Calcutta medical institutions reports 1879-81 [i.e.91]
Year: 1879
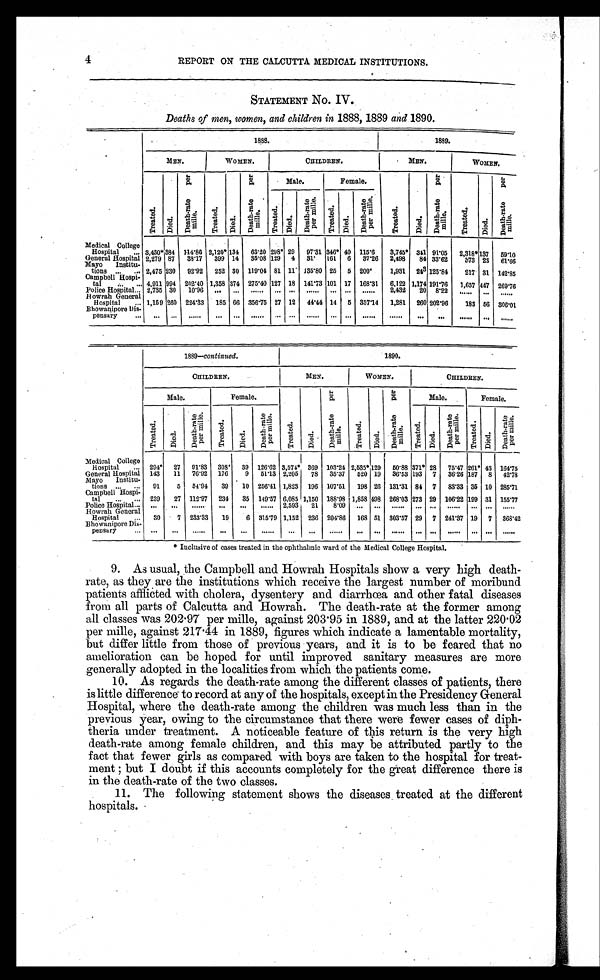
4
REPORT ON THE CALCUTTA MEDICAL INSTITUTIONS.
STATEMENT NO. IV.
Deaths of men, women, and children in 1888, 1889 and 1890.
1888.
1889.
MEN.
WOMEN.
CHILDREN.
MEN.
WOMEN.
T r e a t e d .
D i e d .
D e a t h - r a t e p e r
m i l l e .
T r e a t e d .
D i e d .
D e a t h - r a t e p e r
m i l l e .
Male.
Female.
T r e a t e d .
D i e d .
D e a t h - r a t e p e r
mi l l e .
T r e a t e d .
D i e d .
D e a t h - r a t e p e r
m i l l e .
Tr eat ed.
Di ed.
Deat h- r at e
per mi l l e.
Treat ed.
D i e d .
D e a t h - r a t e
p e r m i l l e .
Medical College
Hospital ... 3,430*384 114.86 2,120* 134 63.20 298* 29 97.31 346* 40 115.6
3,745* 341 91.05
2,318* 137 59.10
General Hospital 2,279 87
38.17
399 14
35.08 129 4 31. 161 6 37.26 2,498
84 33.62
373 23 61.66
Mayo Institu-
tions ... ... 2,475 230 92.92 252 30 119.04 81 11 135.80 25 5 200.
1,931 243 125.84
217 31 142.85
Campbell Hospi-
tal ... ... 4,911 994 282.40 1,358 374 275.40 127 18 141.73 101 17 168.31
6,122 1,174 191.76
1,657 447 269.76
Police Hospital ... 2,735 30
10.96 ...
. . . ...... ...
. . . ...... ...
. . . ......
2,432
20 8.22
. . . . . .
. . . ......
Howrah General
Hospital ... 1,159 260 224.33 185 66 356.75 27 12 44.44 14 5 357.14 1,281 260 202.96
183 56 306.01
Bhowanipore Dis-
pensary ...
...
. . .
......
. . .
... ......
... ... ......
. . . ... ......
......
. . .
. . . ......
... ......
1889—continued.
1890.
CHILDREN.
MEN.
WOMEN.
CHILDREN.
Male.
Female.
T r e a t e d .
D i e d .
De a t h - r a t e p e r
mille.
T r e a t e d .
D i e d .
D e a t h - r a t e p e r
m i l l e .
Male.
Female.
T r e a t e d .
D i e d .
Death-rate
per mille.
T r e a t e d .
Di ed.
Deat h-rat e
per mi l l e.
Tr eat ed.
Died.
Deat h- r at e
per mi l l e.
Tr eat ed. D i e d .
Death-rate
per mille.
Medical College
Hospital ... 294* 27 91.83 308* 39 126.62 3,574* 369 103.24 2,535* 129 50.88 371* 28 75.47 261* 43 164.75
General Hospital 143
11 76.92 176
9 51.13 2,205
78 35.37
520 19 36.53 193 7 36.26 187 8 42.78
Mayo Institu-
tions ... ... 91
5 54.94
39
10 256.41 1,823 196 107.51
198 26 131.31 84 7 83.33 35 10 285.71
Campbell Hospi-
tal ... ... 239
27 112.97 234
35 149.57 6,085 1,150 188.08 1,858 498 268.03 273 29 106.22 199 31 155.77
Police Hospital ... ...
...
......
...
...
...... 2,593
21
8.09 ...
. . .
. . . . . .
... ... ......
...
. . . ......
Howrah General
Hospital ...
30
7 233.33
19
6 315.79 1,152 236 204.86 168 51 303.57 29 7 241.37 19 7 368.42
Bhewanipore Dis-
pensary ... ...
...
......
...
...
......
...
. . .
......
... ...
. . . . . .
... ... ......
...
. . .
......
* Inclusive of cases treated in the ophthalmic ward of the Medical College Hospital.
9.
As usual, the Campbell and Howrah Hospitals show a very high death-
rate, as they are the institutions which receive the largest number of moribund
patients afflicted with cholera, dysentery and diarrhœa and other fatal diseases
from all parts of Calcutta and Howrah. The death-rate at the former among
all classes was 202.97 per mille, against 203.95 in 1889, and at the latter 220.02
per mille, against 217.44 in 1889, figures which indicate a lamentable mortality,
but differ little from those of previous years, and it is to be feared that no
amelioration can be hoped for until improved sanitary measures are more
generally adopted in the localities from which the patients come.
10.
As regards the death-rate among the different classes of patients, there
is little difference to record at any of the hospitals, except in the Presidency General
Hospital, where the death-rate among the children was much less than in the
previous year, owing to the circumstance that there were fewer cases of diph-
theria under treatment. A noticeable feature of this return is the very high
death-rate among female children, and this may be attributed partly to the
fact that fewer girls as compared with boys are taken to the hospital for treat-
ment but I doubt if this accounts completely for the great difference there is
in the death-rate of the two classes.
11.
The following statement shows the diseases treated at the different
hospitals.